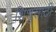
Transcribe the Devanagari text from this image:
शिशुसाठी